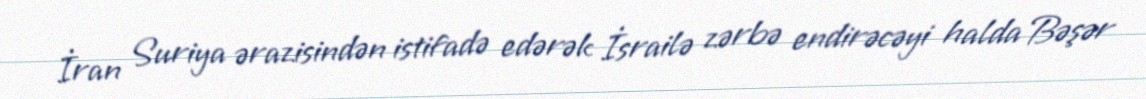
İran Suriya ərazisindən istifadə edərək İsrailə zərbə endirəcəyi halda Bəşər